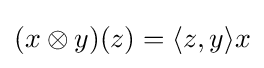
(x\otimes y)(z)=\langle z,y\rangle x